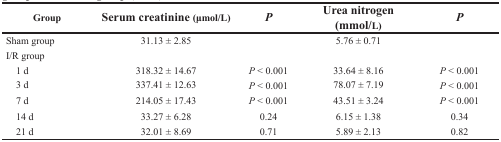
<table><thead><tr><td><b>Group</b></td><td><b>Serum creatinine (μmol/L)</b></td><td><b><i>P</i></b></td><td><b>Urea nitrogen (mmol/L)</b></td><td><b><i>P</i></b></td></tr></thead><tbody><tr><td>Sham group</td><td>31.13 ± 2.85</td><td>[EMPTY_CELL]</td><td>5.76 ± 0.71</td><td>[EMPTY_CELL]</td></tr><tr><td>I/R group</td><td>[EMPTY_CELL]</td><td>[EMPTY_CELL]</td><td>[EMPTY_CELL]</td><td>[EMPTY_CELL]</td></tr><tr><td> 1 d</td><td>318.32 ± 14.67</td><td><i>P</i> &lt; 0.001</td><td>33.64 ± 8.16</td><td><i>P</i> &lt; 0.001</td></tr><tr><td> 3 d</td><td>337.41 ± 12.63</td><td><i>P</i> &lt; 0.001</td><td>78.07 ± 7.19</td><td><i>P</i> &lt; 0.001</td></tr><tr><td> 7 d</td><td>214.05 ± 17.43</td><td><i>P</i> &lt; 0.001</td><td>43.51 ± 3.24</td><td><i>P</i> &lt; 0.001</td></tr><tr><td> 14 d</td><td>33.27 ± 6.28</td><td>0.24</td><td>6.15 ± 1.38</td><td>0.34</td></tr><tr><td> 21 d</td><td>32.01 ± 8.69</td><td>0.71</td><td>5.89 ± 2.13</td><td>0.82</td></tr></tbody></table>